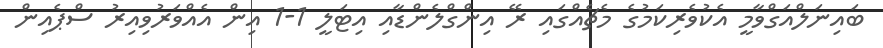
ބައިނަލްއަގްވާމީ އެކުވެރިކަމުގެ މެޗެއްގައި ރޭ އިންގްލެންޑާއި އިޓަލީ 1-1 އިން އެއްވަރުވިއިރު ސްޕެއިން